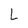
Character: L